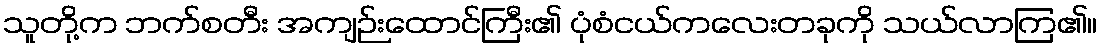
သူတို့က ဘက်စတီး အကျဉ်းထောင်ကြီး၏ ပုံစံငယ်ကလေးတခုကို သယ်လာကြ၏။